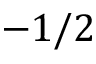
- 1 / 2